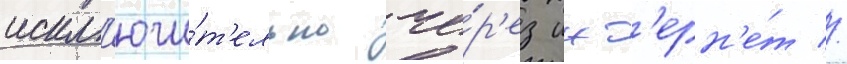
искл'ючи́т'ельно че́р'ез инт'ерн'е́т //